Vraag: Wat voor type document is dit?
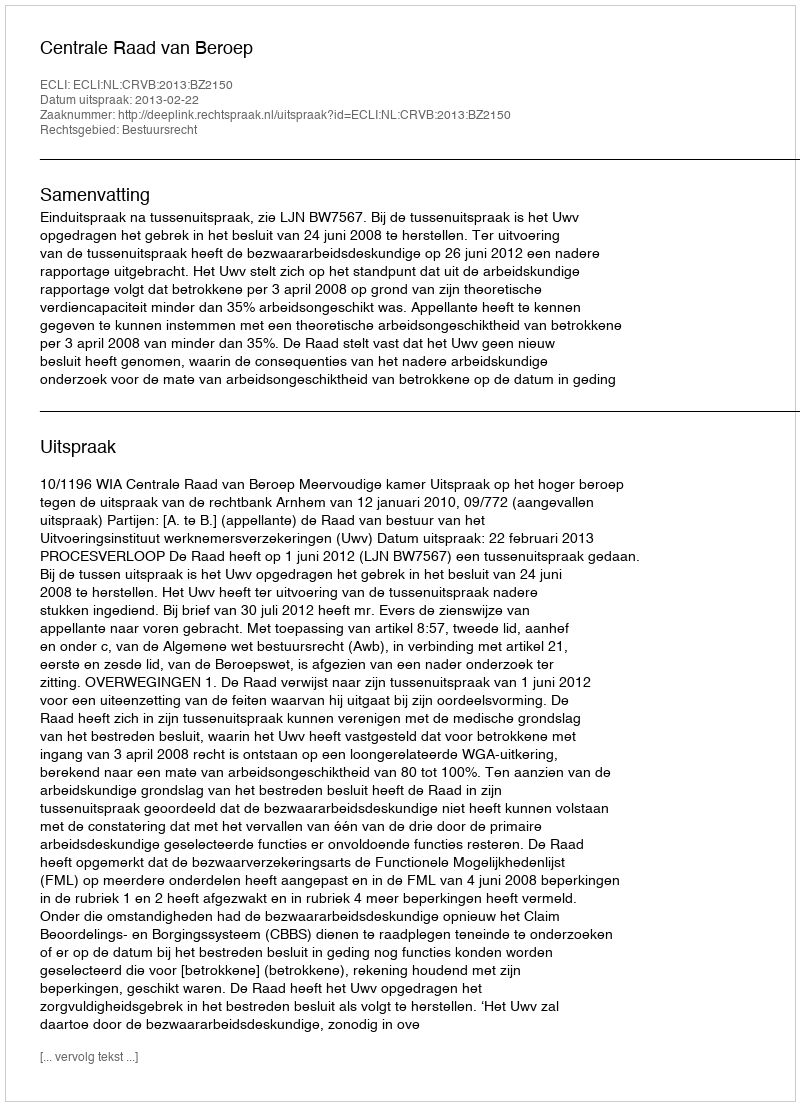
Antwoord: Uitspraak